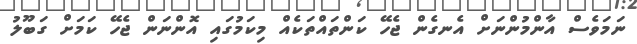
ނަމަވެސް އާންމުންނަށް އެނގެން ޖެހޭ ކަންތައްތަކެއް މިކަމުގައި އޮންނަން ޖެހޭ ކަމަށް ގަބޫލު